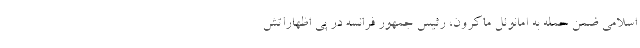
اسلامی ضمن حمله به امانوئل ماکرون، رئیس جمهور فرانسه در پی اظهاراتش